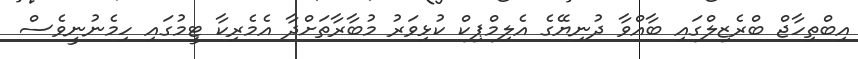
އިބްތިހާޖް ބްރެޒިލްގައި ބާއްވާ ދުނިޔޭގެ އެލިމްޕިކް ކުޅިވަރު މުބާރާތަށްދާ އެމެރިކާ ޓީމުގައި ހިމެނުނީވެސް